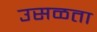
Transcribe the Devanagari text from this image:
उसळता